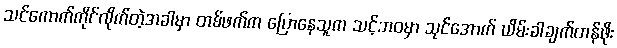
သင်ကောက်ကိုင်လိုက်တဲ့အခါမှာ တစ်ဖက်က ပြောနေသူက သင့်ဘဝမှာ သုင်အောက် ယိမ်းခါချက်တန်ဖိုး